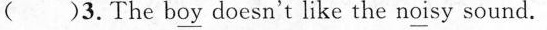
( )3.The boy_ doesn't like the noisy sound.